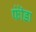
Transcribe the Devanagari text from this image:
फॊंडा